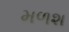
મળશ